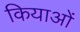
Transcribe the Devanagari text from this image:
कियाओं